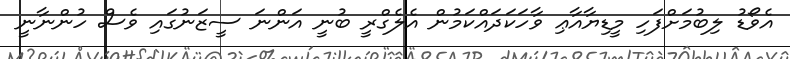
އެވޯޑު ލިބުމަށްފަހި މީޑިޔާއާޢި ވާހަކަދައްކަމުން އެލެގްރީ ބުނީ އަންނަ ސީޒަނުގައި ވެސް ހުންނާނީ